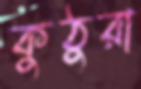
কুঠুরা